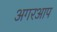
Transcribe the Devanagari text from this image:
अगरआप